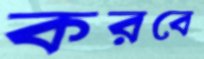
করবে